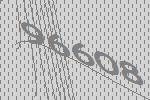
96608